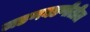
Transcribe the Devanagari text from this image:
जडणघडणीतील